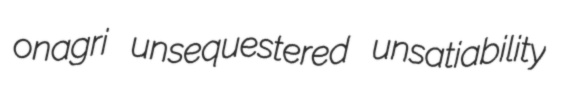
onagri unsequestered unsatiability